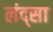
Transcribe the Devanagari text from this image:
लंद्सा